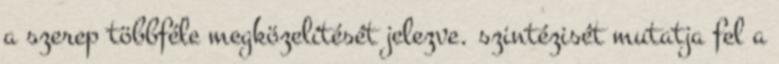
a szerep többféle megközelítését jelezve. szintézisét mutatja fel a